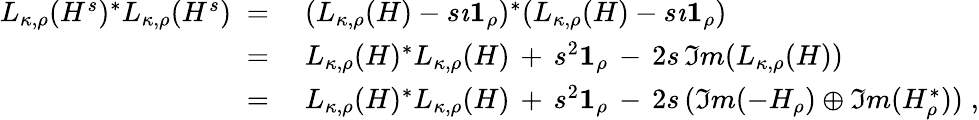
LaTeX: \begin{array}{rl}{L_{\kappa,\rho}(H^{s})^{*}L_{\kappa,\rho}(H^{s})\; =\; }&{(L_{\kappa,\rho}(H)-s\imath\boldsymbol{1}_{\rho})^{*}(L_{\kappa,\rho}(H)-s\imath\boldsymbol{1}_{\rho})}\\ {\; =\; }&{L_{\kappa,\rho}(H)^{*}L_{\kappa,\rho}(H)\, +\, s^{2}\boldsymbol{1}_{\rho}\, -\, 2s\, \Im m(L_{\kappa,\rho}(H))}\\ {\; =\; }&{L_{\kappa,\rho}(H)^{*}L_{\kappa,\rho}(H)\, +\, s^{2}\boldsymbol{1}_{\rho}\, -\, 2s\, (\Im m(-H_{\rho})\oplus\Im m(H_{\rho}^{*}))\; ,}\end{array}